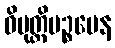
ဝိမုတ္တိပဉ္စမေန